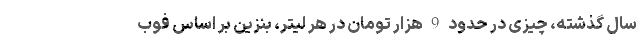
سال گذشته، چیزی در حدود 9 هزار تومان در هر لیتر، بنزین بر اساس فوب